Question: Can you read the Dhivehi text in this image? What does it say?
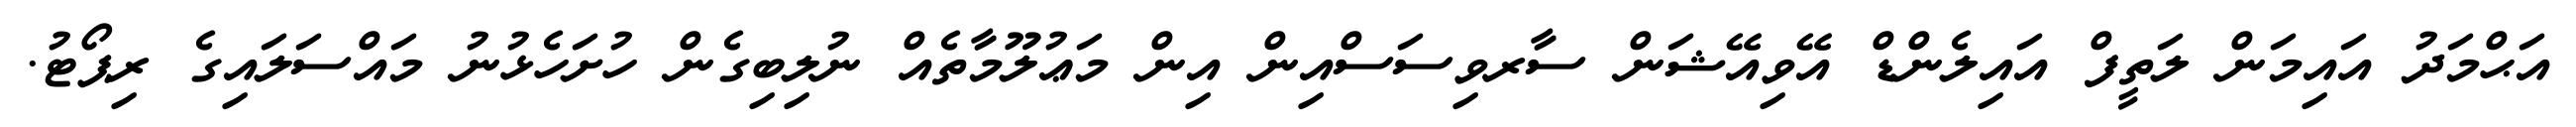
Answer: އަޙްމަދު އައިމަން ލަތީފް އައިލެންޑް އޭވިއޭޝަން ސާރވިސަސްއިން އިން މަޢުލޫމާތެއް ނުލިބިގެން ހުށަހެޅުނު މައްސަލައިގެ ރިޕޯޓު.